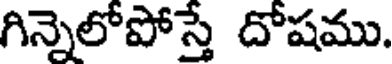
గిన్నెలోపోస్తే దోషము.